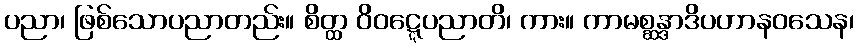
ပညာ၊ ဖြစ်သောပညာတည်း။ စိတ္ထ ဝိဝဋ္ဋေပညာတိ၊ ကား။ ကာမစ္ဆန္ဒာဒိပဟာနဝသေန၊